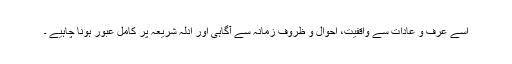
اسے عرف و عادات سے واقفیت، احوال و ظروف زمانہ سے آگاہی اور ادلہ شریعہ پر کامل عبور ہونا چاہیے ۔